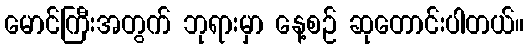
မောင်ကြီးအတွက် ဘုရားမှာ နေ့စဉ် ဆုတောင်းပါတယ်။